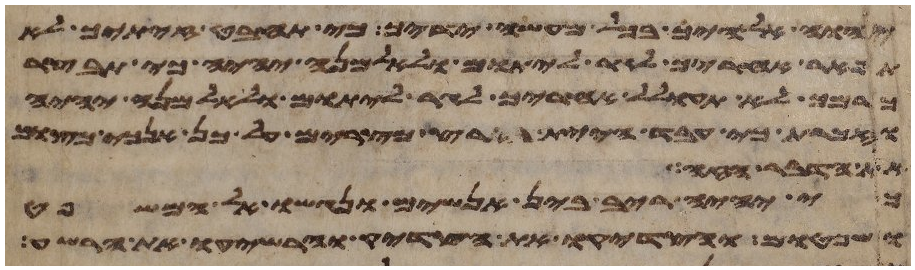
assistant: יהוה אלהיך בכל מעשה ידיך כי תחבט זיתך לא
תפאר אחריך לגר ליתום ולאלמנה יהיה כי תבצר
כרמך לא תעולל אחריך לגר ליתום ולאלמנה יהיה
וזכרת כי עבד היית בארץ מצרים על כן אנכי מצוך
את הדבר הזה
כי יהיה ריב בין אנשים ונגשו אל המשפט
ושפטום והצדיקו את הצדיק והרשיעו את הרשע